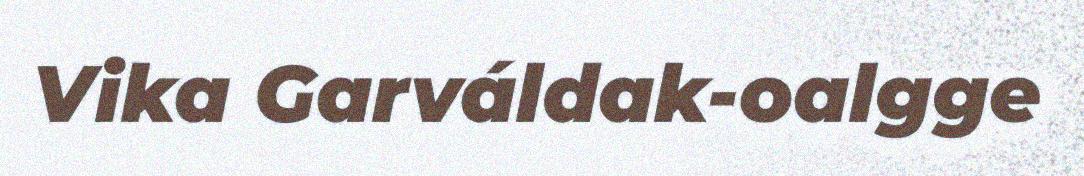
Vika Garváldak-oalgge